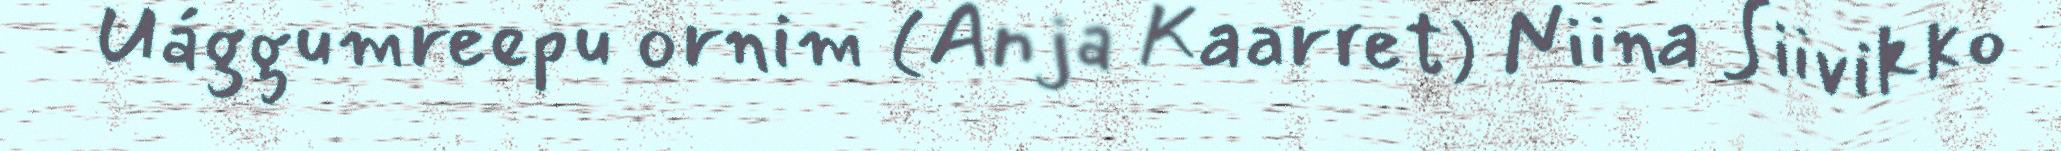
Uággumreepu ornim (Anja Kaarret) Niina Siivikko